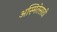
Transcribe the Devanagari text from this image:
अस्मितेसाठी